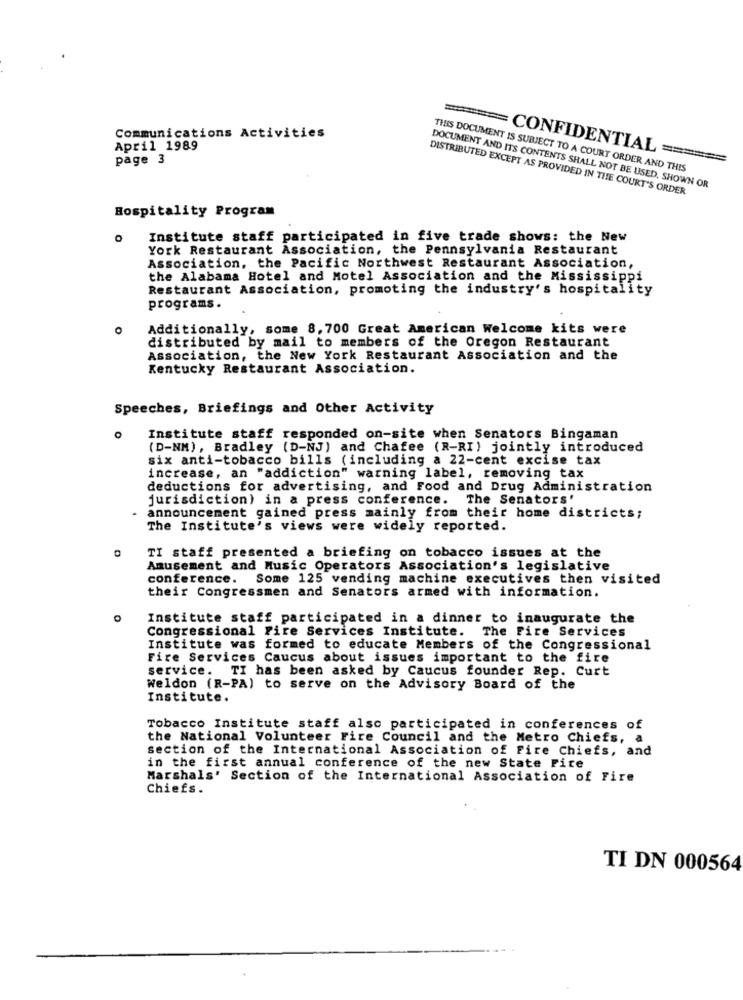
Communications Activities
April 1989
page 3
======= CONFIDENTIAL ======
THIS DOCUMENT IS SUBJECT TO A COURT ORDER AND THIS
DISTRIBUTED EXCEPT AS PROVIDED IN THE COURT'S ORDER
DOCUMENT AND ITS CONTENTS SHALL NOT BE USED, SHOWN OR
Hospitality Program
Institute staff participated in five trade shows: the New
York Restaurant Association, the Pennsylvania Restaurant
Association, the Pacific Northwest Restaurant Association,
the Alabama Hotel and Motel Association and the Mississippi
Restaurant Association, promoting the industry's hospitality
programs.
O
Additionally, some 8,700 Great American Welcome kits were
distributed by mail to members of the Oregon Restaurant
Association, the New York Restaurant Association and the
Kentucky Restaurant Association.
Speeches, Briefings and Other Activity
Institute staff responded on-site when Senators Bingaman
(D-NM), Bradley (D-NJ) and Chafee (R-RI) jointly introduced
six anti-tobacco bills (including a 22-cent excise tax
increase, an "addiction" warning label, removing tax
deductions for advertising, and Food and Drug Administration
jurisdiction) in a press conference. The Senators'
announcement gained press mainly from their home districts;
The Institute's views were widely reported.
TI staff presented a briefing on tobacco issues at the
Amusement and Music Operators Association's legislative
conference. Some 125 vending machine executives then visited
their Congressmen and Senators armed with information.
Institute staff participated in a dinner to inaugurate the
Congressional Fire Services Institute. The Fire Services
Institute was formed to educate Members of the Congressional
Fire Services Caucus about issues important to the fire
service. TI has been asked by Caucus founder Rep. Curt
Weldon (R-PA) to serve on the Advisory Board of the
Institute.
Tobacco Institute staff also participated in conferences of
the National Volunteer Fire Council and the Metro Chiefs, a
section of the International Association of Fire Chiefs, and
in the first annual conference of the new State Fire
Marshals' Section of the International Association of Fire
Chiefs.
TI DN 000564